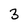
Character: 3